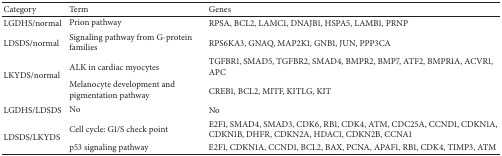
| Category | Term | Genes |
 | --- | --- | --- |
 | LGDHS/normal | Prion pathway | RPSA, BCL2, LAMC1, DNAJB1, HSPA5, LAMB1, PRNP |
 | LDSDS/normal | Signaling pathway from G-protein families | RPS6KA3, GNAQ, MAP2K1, GNB1, JUN, PPP3CA |
 | <ROWSPAN=2> LKYDS/normal | ALK in cardiac myocytes | TGFBR1, SMAD5, TGFBR2, SMAD4, BMPR2, BMP7, ATF2, BMPR1A, ACVR1, APC |
 | Melanocyte development and pigmentation pathway | CREB1, BCL2, MITF, KITLG, KIT |
 | LGDHS/LDSDS | No | No |
 | <ROWSPAN=2> LDSDS/LKYDS | Cell cycle: G1/S check point | E2F1, SMAD4, SMAD3, CDK6, RB1, CDK4, ATM, CDC25A, CCND1, CDKN1A, CDKN1B, DHFR, CDKN2A, HDAC1, CDKN2B, CCNA1 |
 | p53 signaling pathway | E2F1, CDKN1A, CCND1, BCL2, BAX, PCNA, APAF1, RB1, CDK4, TIMP3, ATM |